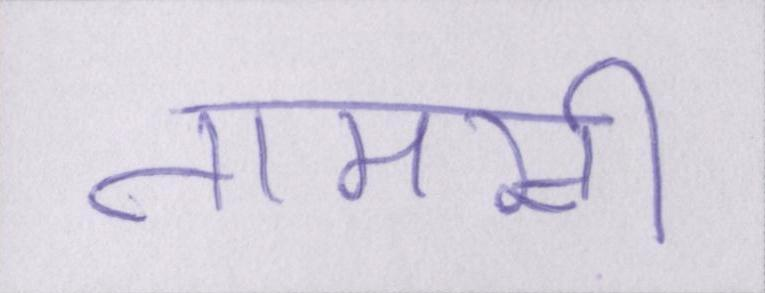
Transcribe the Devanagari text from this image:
तामसी